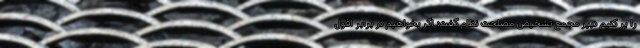
را پر کنیم دبیر مجمع تشخیص مصلحت نظام گفت: اگر بخواهیم در برابر افول